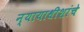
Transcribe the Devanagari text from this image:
न्यायाधीशांचे